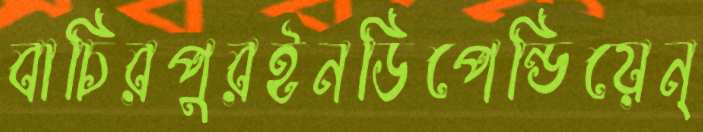
বাচিরপুরইনডিপেন্ডিয়েন্